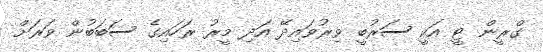
ގްރީން ޓީ އަކީ ސަރުބީ ވިރުވައިދޭ އަދި މީރު ރަހައިގެ ސަބަބުން ވަރަށް